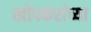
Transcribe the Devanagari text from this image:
खोपकरांच्या